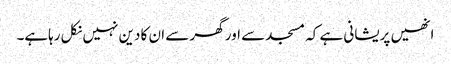
انھیں پریشانی ہے کہ مسجد سے اور گھر سے ان کا دین نہیں نکل رہاہے۔